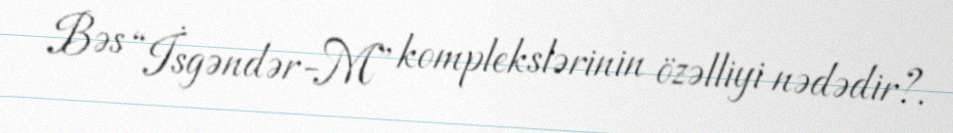
Bəs “İsgəndər-M” komplekslərinin özəlliyi nədədir?.